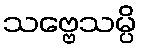
သဗ္ဗေသမ္ပိ